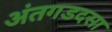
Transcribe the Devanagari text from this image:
अंतगडदसा